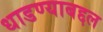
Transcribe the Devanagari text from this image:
धाडण्याबद्दल